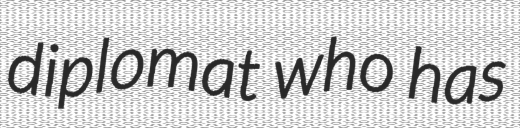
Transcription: diplomat who has